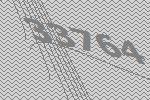
33764